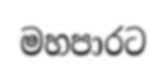
මහපාරට